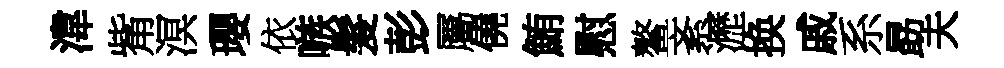
湋觜溟瓔依嗾髮彭屬僥鮪慰鳌紊瀝换戚系勗夫